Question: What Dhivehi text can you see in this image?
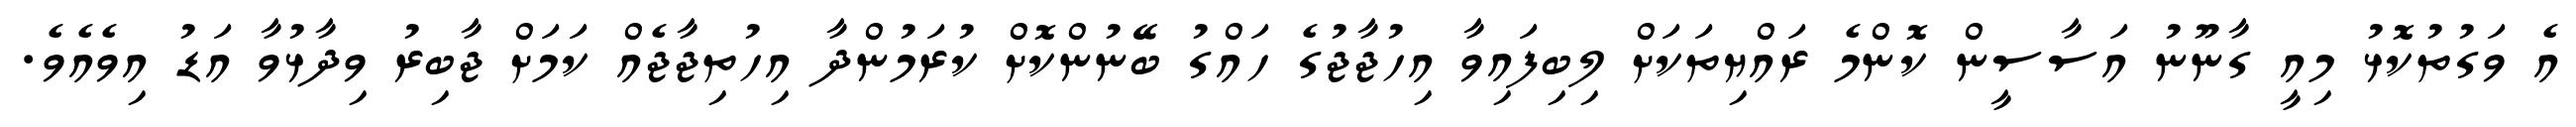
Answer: އެ ވަގުތުކޮޅު މިއީ ގާނޫނު އަސާސީން ކޮންމެ ރައްޔިތަކަށް ލިބިފައިވާ އިހުޖާޖުގެ ހައްގު ބޭނުންކޮށް ކުރަމުންދާ އިހުތިޖާޖެއް ކަމަށް ޖާބިރު ވިދާޅުވާ އަޑު އިވެއެވެ.